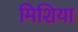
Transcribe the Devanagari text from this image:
मिशिया